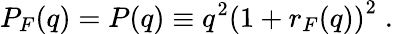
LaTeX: P_{F}(q)=P(q)\equiv q^{2}\left(1+r_{F}(q)\right)^{2}\; .